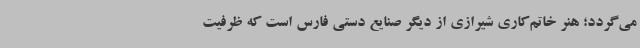
می‌گردد؛ هنر خاتم‌کاری شیرازی از دیگر صنایع دستی فارس است که ظرفیت